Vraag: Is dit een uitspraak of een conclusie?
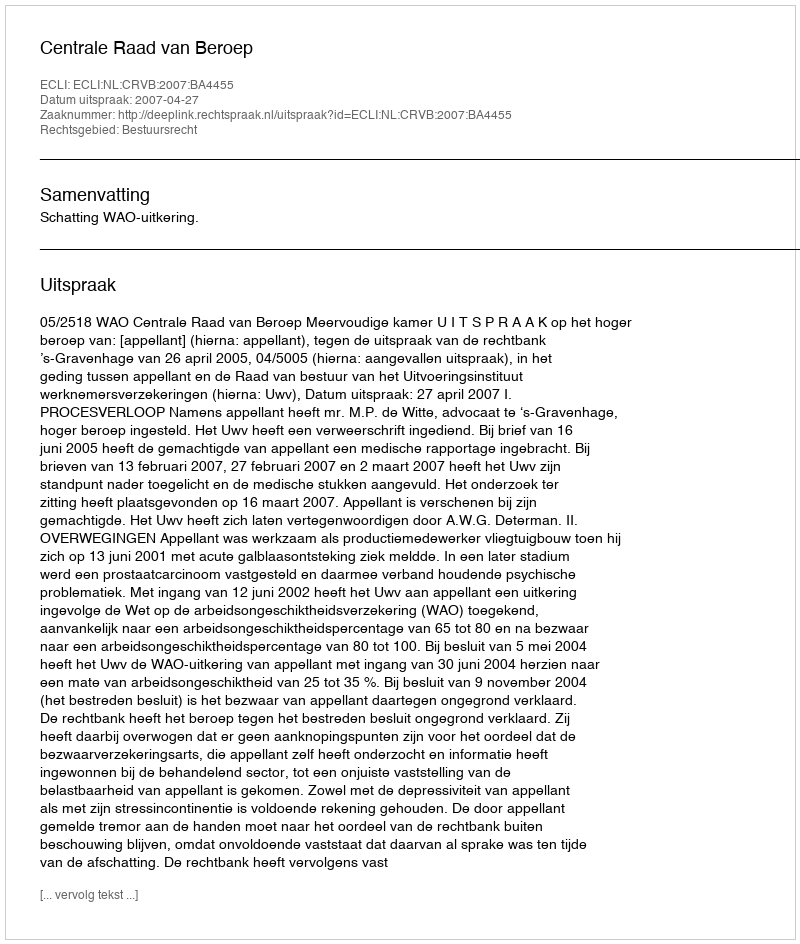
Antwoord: Uitspraak